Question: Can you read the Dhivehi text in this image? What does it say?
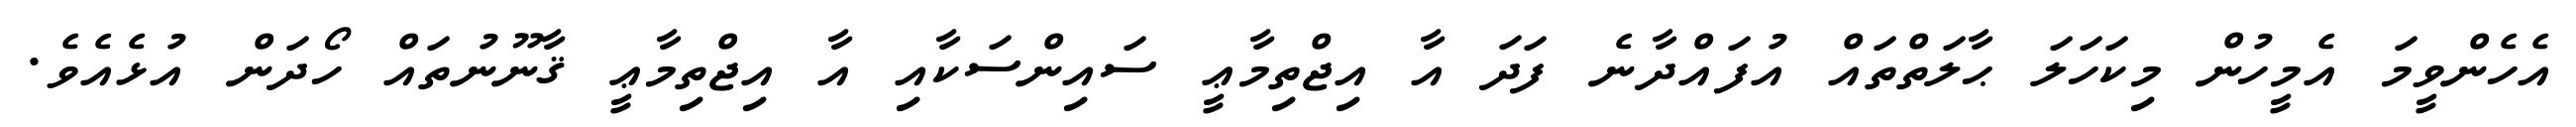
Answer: އެހެންވީމަ އެމީހުން މިކަހަލަ ޙާލަތްތައް އުފައްދާނެ ފަދަ އާ އިޖްތިމާޢީ ސައިންސަކާއި އާ އިޖްތިމާޢީ ޤާނޫނުތައް ހޯދަން އުޅެއެވެ.